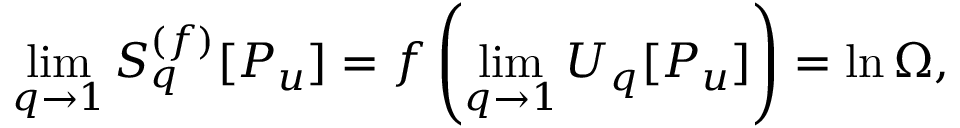
\operatorname* { l i m } _ { q \to 1 } S _ { q } ^ { ( f ) } [ P _ { u } ] = f \left( \operatorname* { l i m } _ { q \to 1 } U _ { q } [ P _ { u } ] \right) = \ln \Omega ,